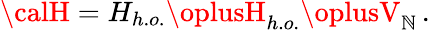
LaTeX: {\calH}=H_{h.o.}\oplusH_{h.o.}\oplusV_{\mathbb{N}}\, .